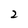
Character: 2